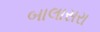
બાલાસરા